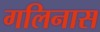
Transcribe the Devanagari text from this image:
गलिनास